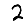
Digit: 2